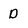
Character: D